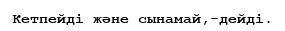
Кетпейді және сынамай,-дейді.